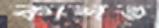
কাশত